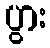
ပွား